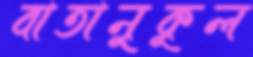
বাতানুকূল